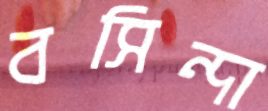
বসিন্দা